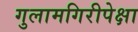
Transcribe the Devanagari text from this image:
गुलामगिरीपेक्षा